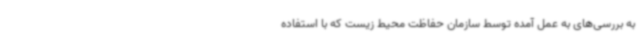
به بررسی‌های به عمل آمده توسط سازمان حفاظت محیط زیست که با استفاده